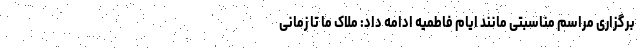
برگزاری مراسم مناسبتی مانند ایام فاطمیه ادامه داد: ملاک ما تا زمانی